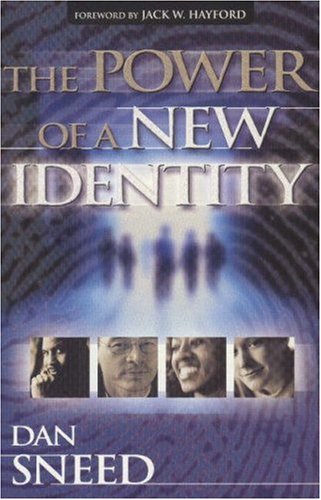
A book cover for The Power of a New Identity; Dan Sneed; Christian Books & Bibles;